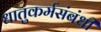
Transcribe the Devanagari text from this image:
धातुकर्मसंबंधी